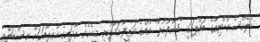
އެލެކްސެންޑްރިއާގެ ބައްޕައަކީ "ސާފުކުރާ" އެއްގެ ވަޒީފާ އަދާކުރި މީހެކެވެ. އާދައިގެ އާއިލާއަކަށް ނިސްބަތްވި